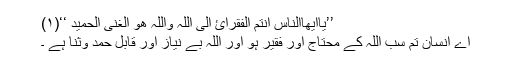
’’یٰٓااَیُّھَاالنَّاسُ اَنْتُمُ الْفُقَرَآئُ اِلَی اللّٰہِ وَاللّٰہُ ھُوَ الْغَنِیُّ الْحَمِیْدُ ‘‘(۱)
اے انسان تم سب اللہ کے محتاج اور فقیر ہو اور اللہ بے نیاز اور قابل حمد وثنا ہے ۔